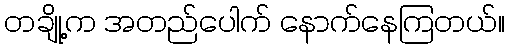
တချို့က အတည်ပေါက် နောက်နေကြတယ်။